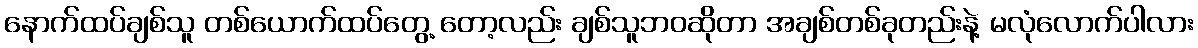
နောက်ထပ်ချစ်သူ တစ်ယောက်ထပ်တွေ့ တော့လည်း ချစ်သူဘဝဆိုတာ အချစ်တစ်ခုတည်းနဲ့ မလုံလောက်ပါလား